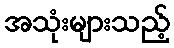
အသုံးများသည့်